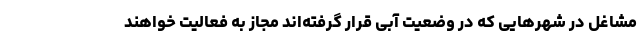
مشاغل در شهرهایی که در وضعیت آبی قرار گرفته‌اند مجاز به فعالیت خواهند